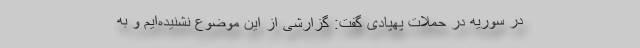
در سوریه در حملات پهپادی گفت: گزارشی از این موضوع نشنیده‌ایم و به